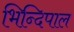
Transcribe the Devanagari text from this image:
भिन्दिपाल